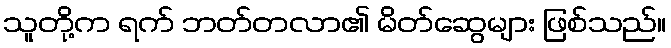
သူတို့က ရက် ဘတ်တလာ၏ မိတ်ဆွေများ ဖြစ်သည်။